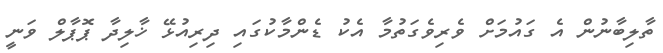
ތާލިބާނުން އެ ގައުމަށް ވެރިވެގަތުމާ އެކު ޑެންމާކުގައި ދިރިއުޅޭ ޚާލިދާ ޕޮޕާލް ވަނީ